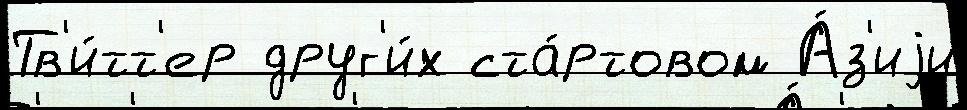
Тв'и́тт'ер друг'и́х ста́ртовом А́з'иjи